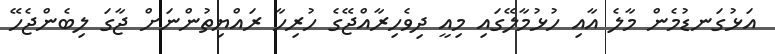
އަޅުގަނޑުމެން މާލެ އާއި ހުޅުމާލޭގައި މިއީ ދިވެހިރާއްޖޭގެ ހުރިހާ ރައްޔިތުންނަށް ޖާގަ ލިބެންޖެހޭ